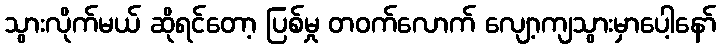
သွားလိုက်မယ် ဆိုရင်တော့ ပြစ်မှု တဝက်လောက် လျော့ကျသွားမှာပေါ့နော်